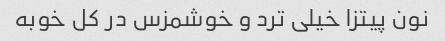
نون پیتزا خیلی ترد و خوشمزس در کل خوبه